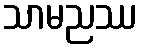
သာမညဿ